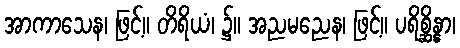
အာကာသေန၊ ဖြင့်။ တိရိယံ၊ ၌။ အညမညေန၊ ဖြင့်။ ပရိစ္ဆိန္နာ၊